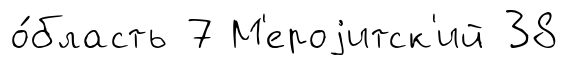
о́бласть 7 М'ероjитск'ий 38